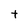
Character: t